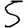
Digit: 5